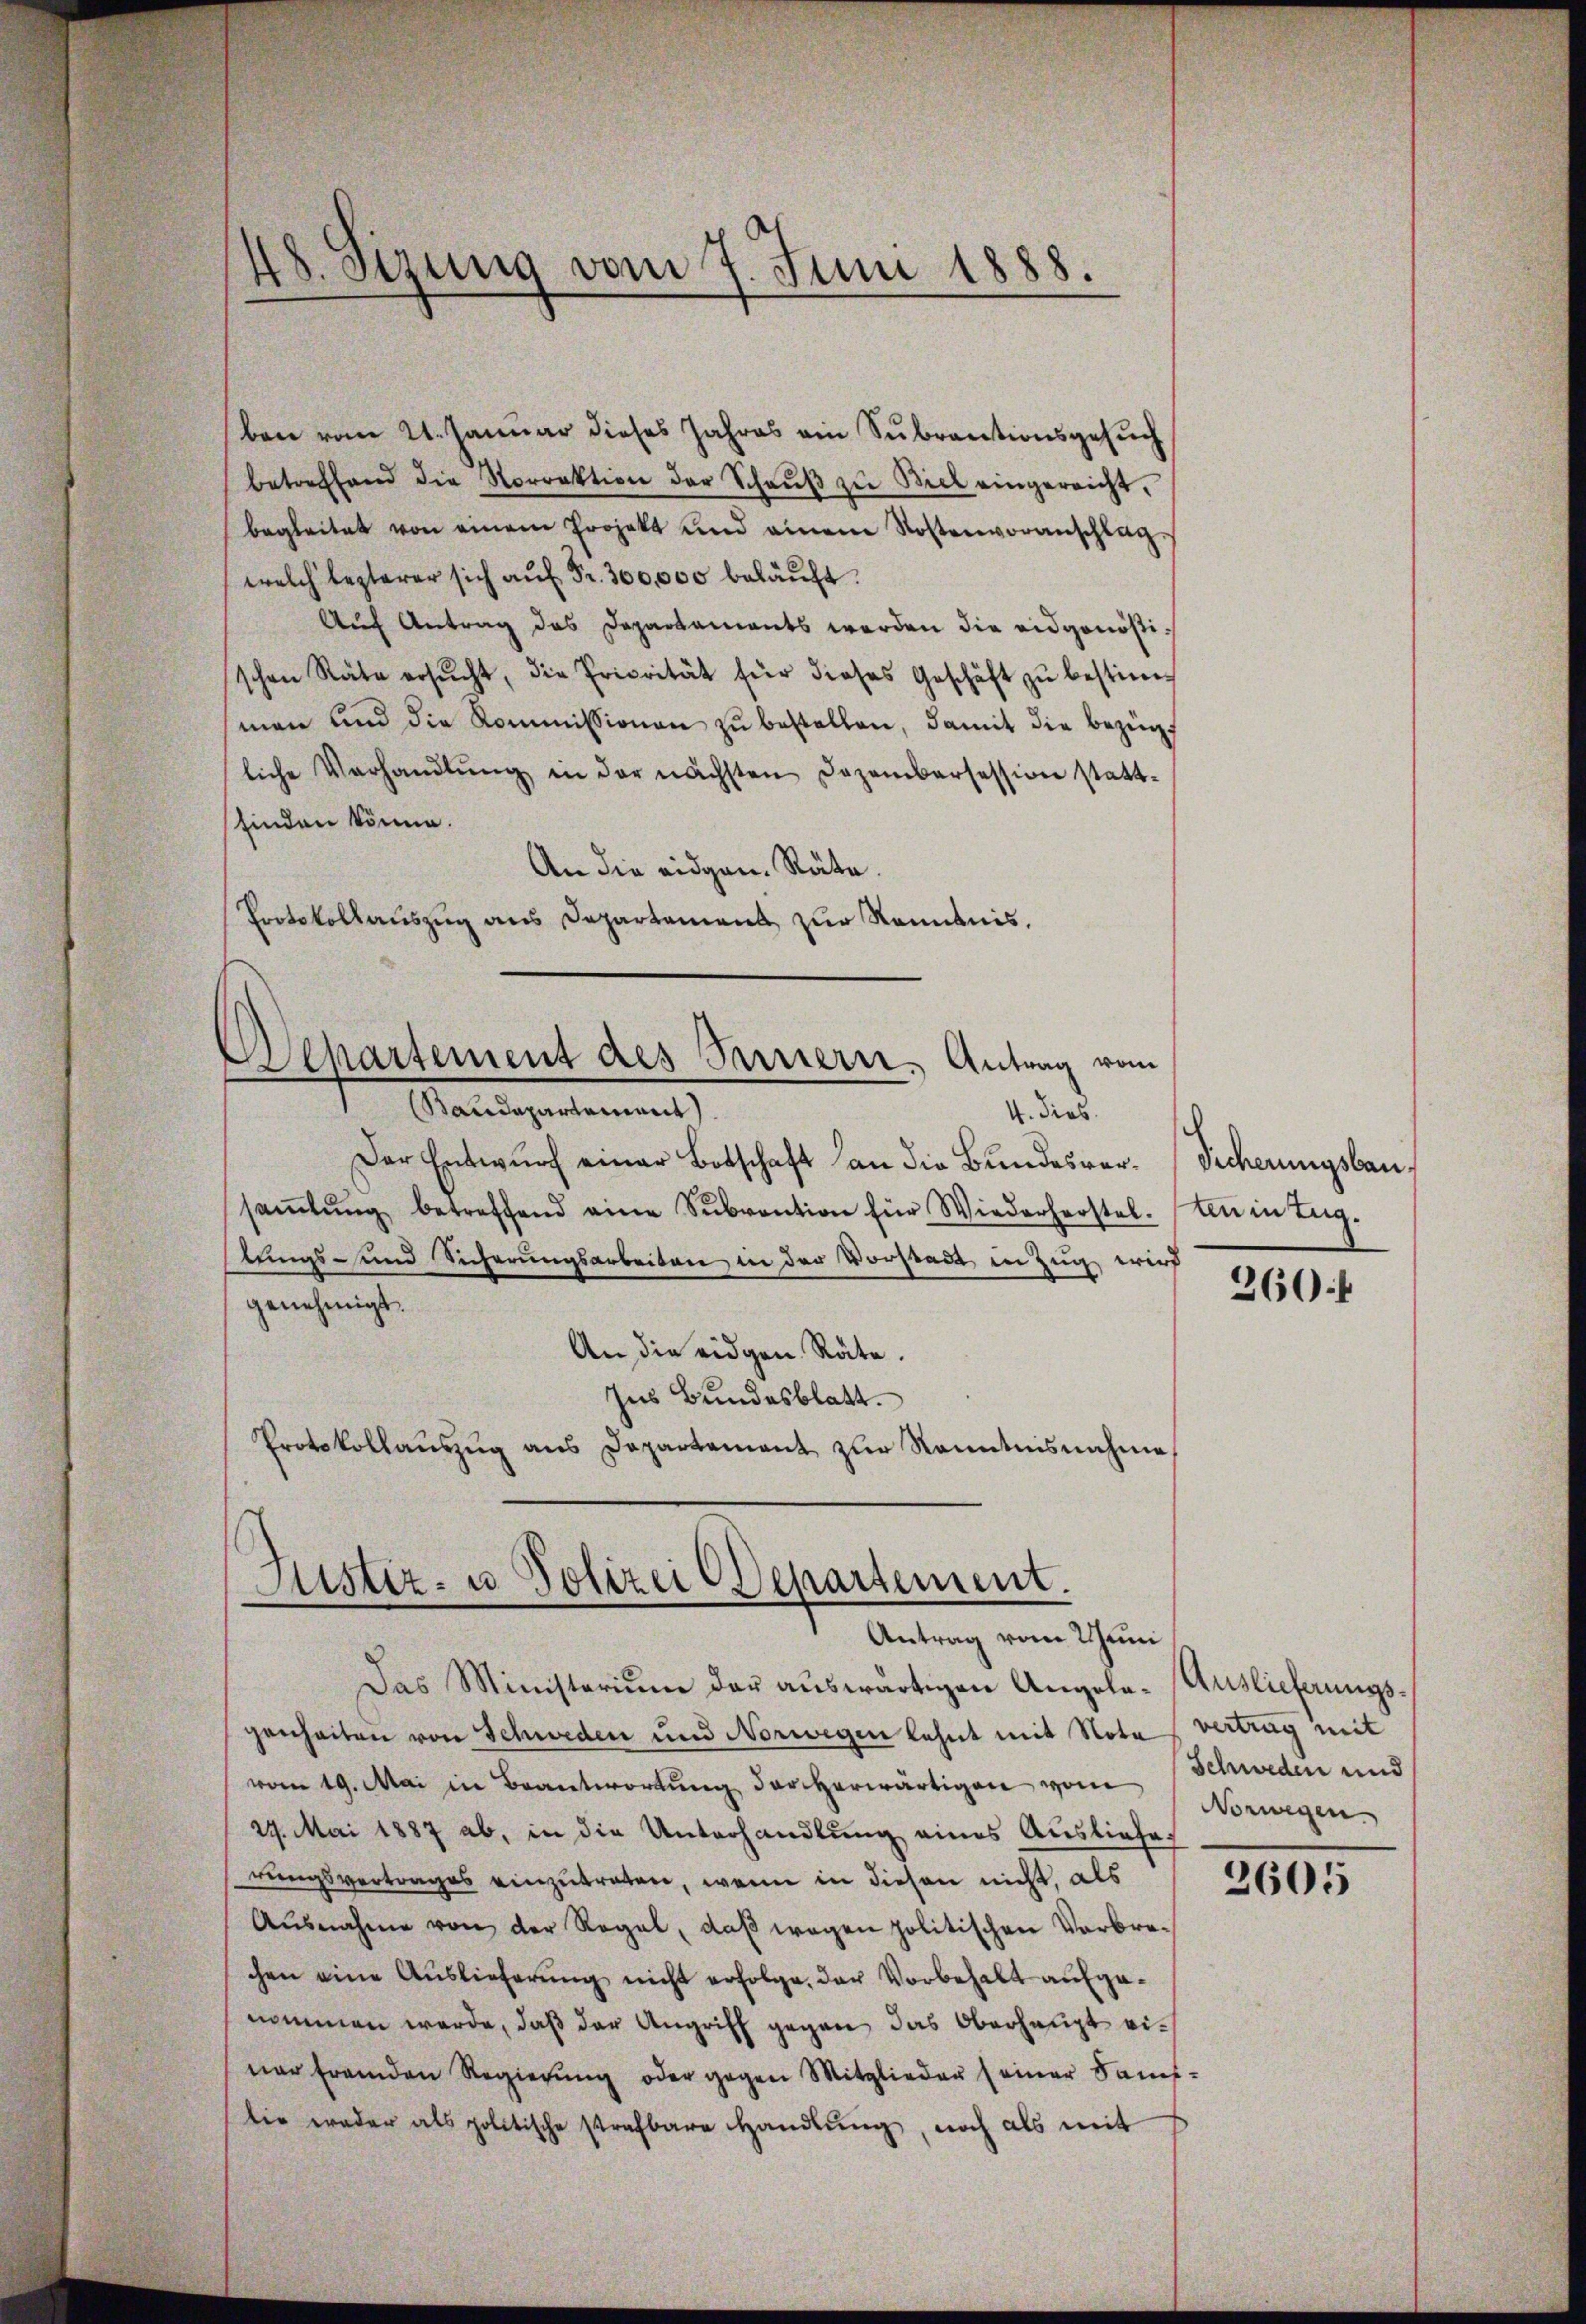
48. Setzung vom 7. Juni 1888.

ben vom 21. Januar dieses Jahres ein Subractionsgesuch
betreffend die Norrektion der Schaŭβ zŭ Biel eingereicht,
begleitet von einem Projekt und einem Kostenvoranschlag.
welch lezterer sich aŭf Fr. 300,000 beläuft.
Auch Antrag das Departaments werden die eidgenößischen Rate ersŭcht, die Priorität für dieses Geschäft zŭ bestimman und die Kommissionen zŭ bestellen, damit die bezügliche Verhandlŭng in der nächsten Dezembersession statt-
finden könne.
An die eidgen. Räte.
Protokollauszug aus Departamens zur Kenntnis,
Departement des Sarnern, Antrag vom
Saudepartement
4. dies
Der Entwurf einer Botschaft an die Bundesversaṁlŭng betreffend eine Sŭbvention für Wiederherstel-
stungs- und Sicherungsarbeiten in der Vorstadt in Zug wird
genehmigt.
An die eidgen Räte.
Ins Bundesblatt.
Protokollauszug aus Departement zur Kenntnisnahme

Das Ministerium der auswärtigen Angele-Auslieferungsgenheiten von Schweden und Norwegen lehnt mit Nota vertrag mit
vom 19. Mai in Beantwortung der herwärtigen vom Schweden und
29. Mai 1887 ab, in die Unterhandlung eines Ausliefes
rungsvertrages einzutreten, wenn in diesen nicht, als
Ausnahme von der Regel, daß wegen politischen Verbrechen eine Auslieferŭng nicht erfolge der Vorbehalt aufgenommen werde, daß der Angriff gegen das Oberhaupt einer fremden Regierŭng oder gegen Mitglieder (einer Kauf-
tie weder als politische strafbare Handlŭng, noch als mit

Justiz- u. Polizei Departement.
Antrag vom Weini

Sicherungsbau.
Un in Zug.

360 f

Norwegen

2605